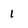
Character: i